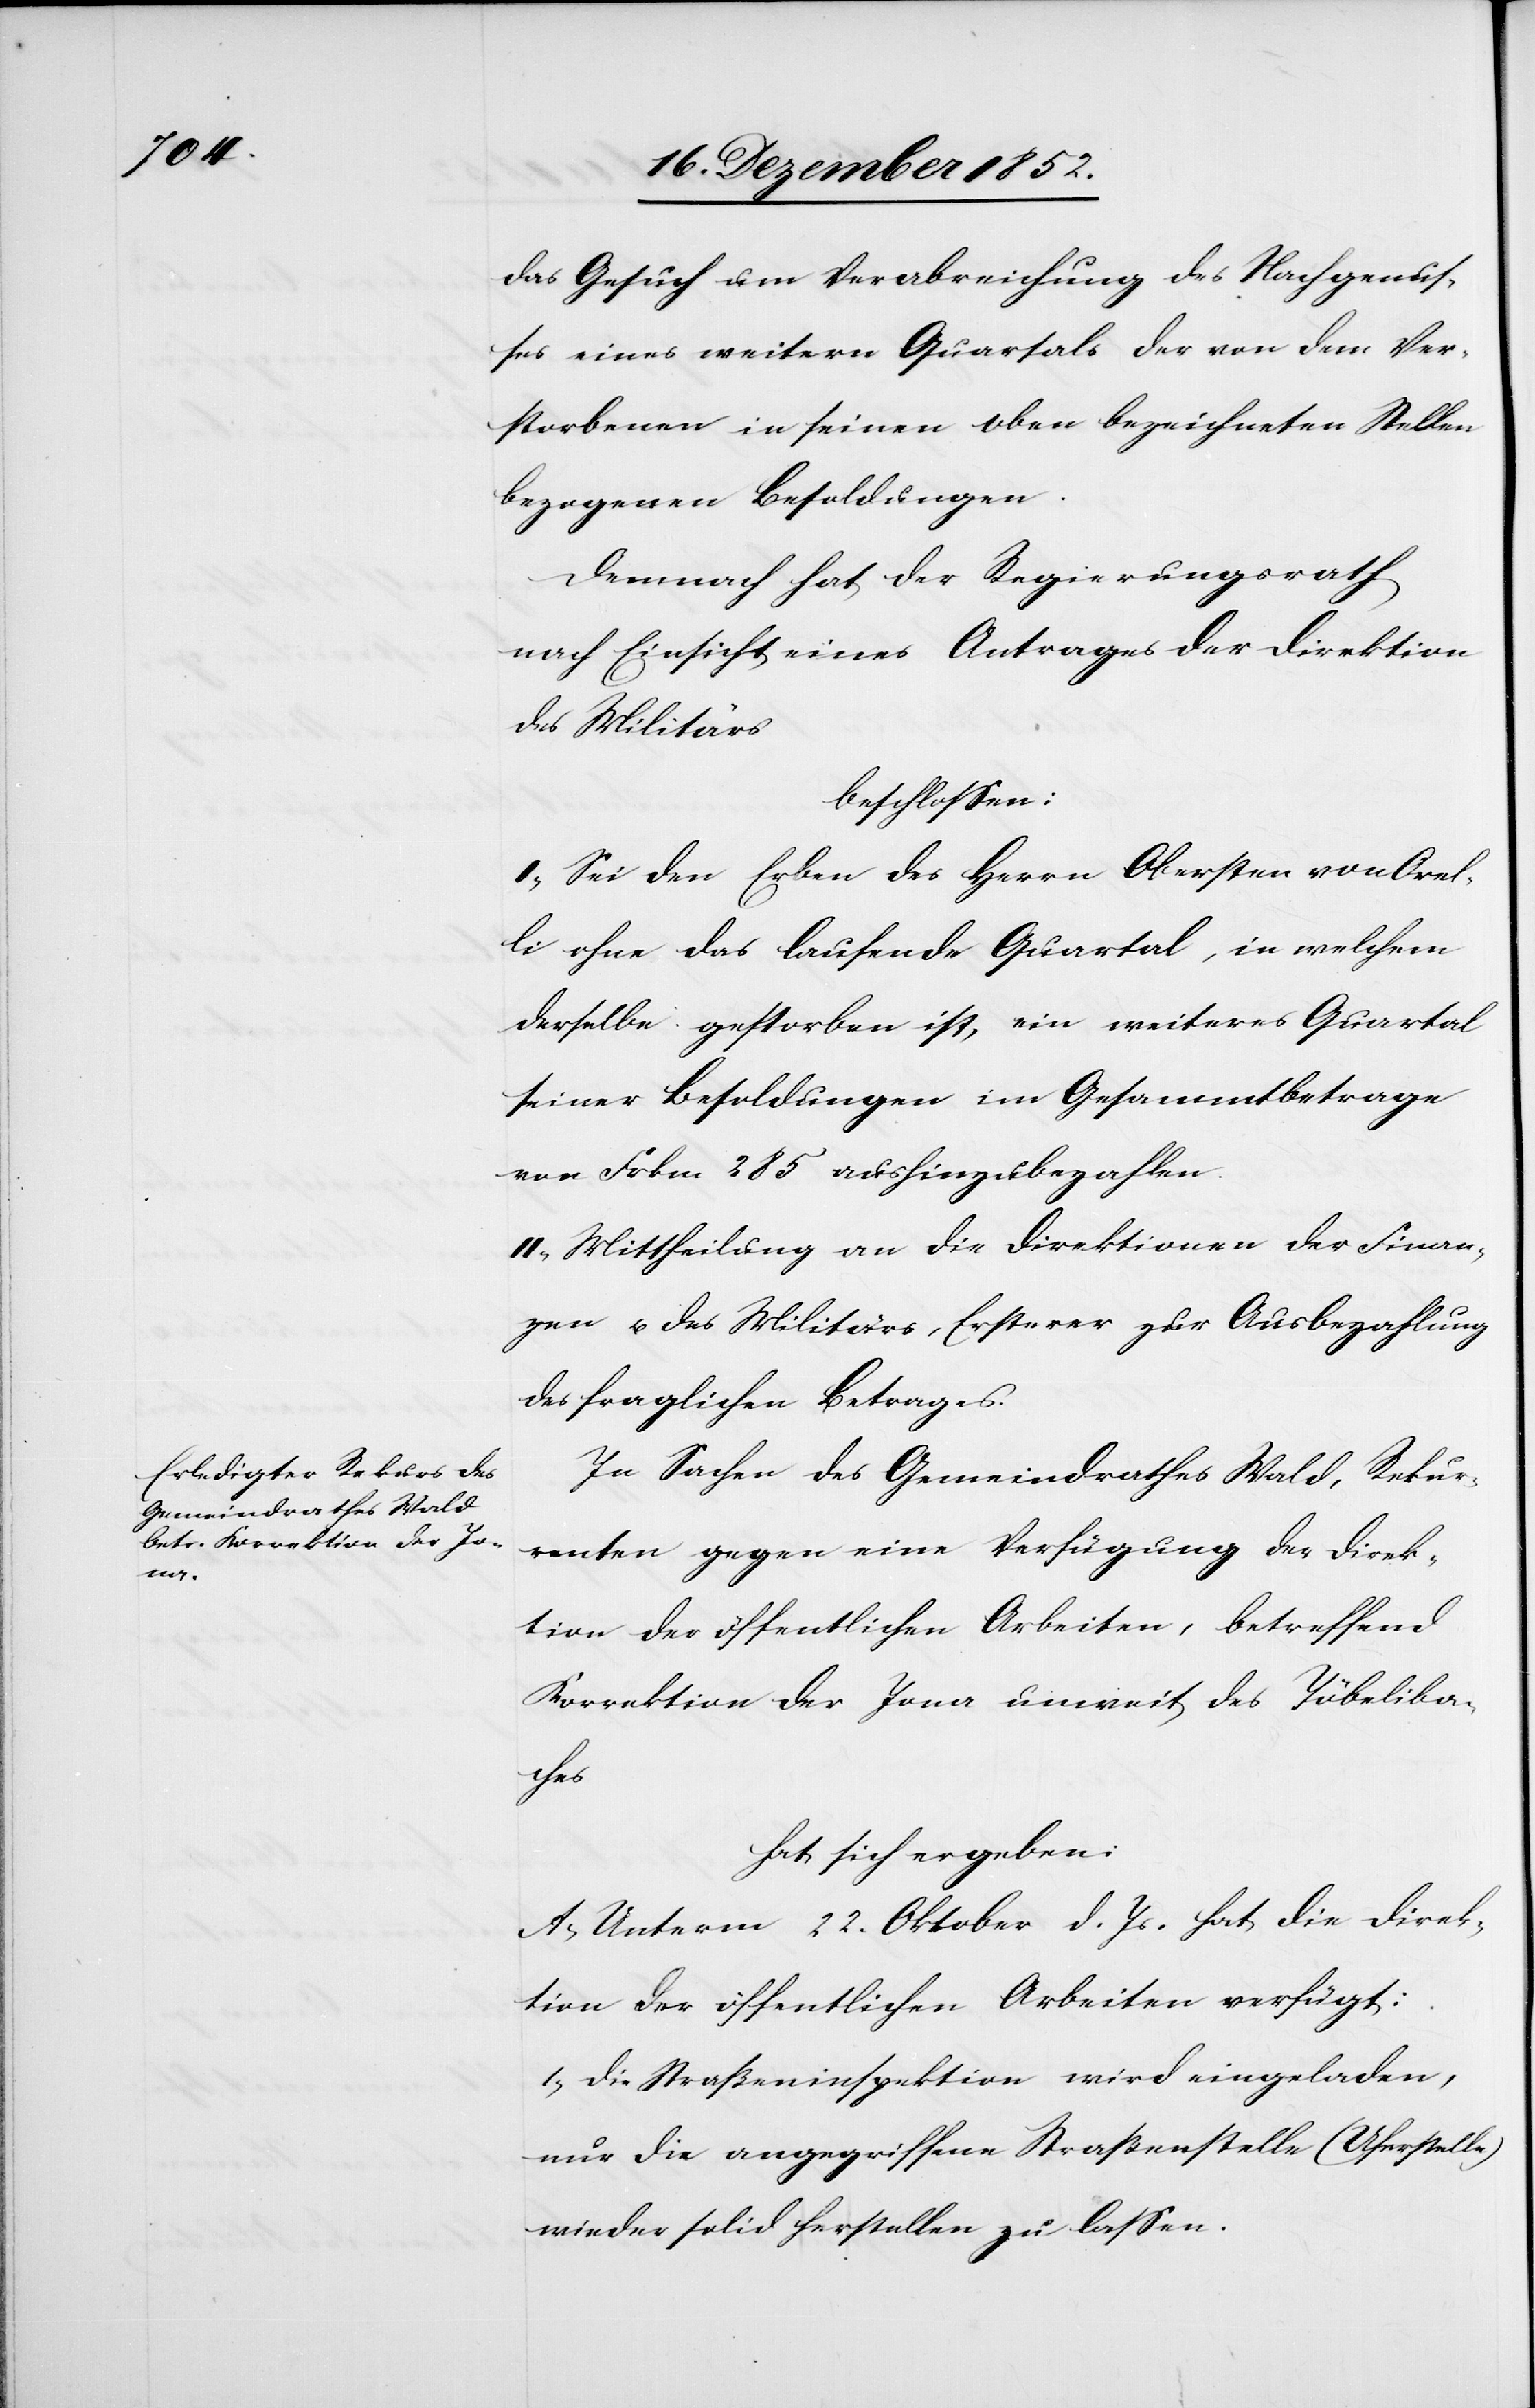
das Gesuch um Verabreichung des Nachgenus¬
ses eines weitern Quartals der von dem Ver¬
storbenen in seinen oben bezeichneten Stellen
bezogenen Besoldungen.
Demnach hat der Regierungsrath
nach Einsicht eines Antrages der Direktion
des Militärs
beschlossen:
I, Sei den Erben des Herrn Obersten von Orel¬
li ohne das laufende Quartal, in welchem
derselbe gestorben ist, ein weiteres Quartal
seiner Besoldungen im Gesammtbetrage
von Frkn. 285 aushinzubezahlen.
II, Mittheilung an die Direktionen der Finan¬
zen u. des Militärs, Ersterer zur Ausbezahlung
des fraglichen Betrages.
In Sachen des Gemeindrathes Wald, Rekur¬
renten gegen eine Verfügung der Direk¬
tion der öffentlichen Arbeiten, betreffend
Korrektion der Jona unweit des Töbeliba¬
ches
hat sich ergeben:
A, Unterm 22. Oktober d. Js. hat die Direk¬
tion der öffentlichen Arbeiten verfügt:
1, Die Straßeninspektion wird eingeladen,
nur die angegriffene Straßenstelle (Uferstelle)
wieder solid herstellen zu lassen.